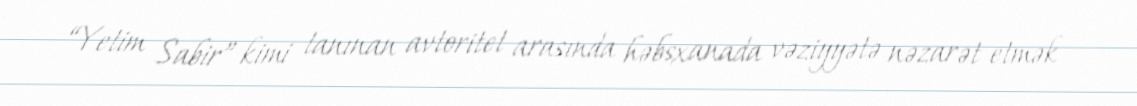
“Yetim Sabir” kimi tanınan avtoritet arasında həbsxanada vəziyyətə nəzarət etmək